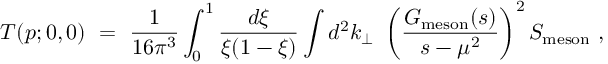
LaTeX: T ( p ; 0 , 0 ) \ = \ \frac 1 { 1 6 \pi ^ { 3 } } \int _ { 0 } ^ { 1 } \frac { d \xi } { \xi ( 1 - \xi ) } \int d ^ { 2 } k _ { \perp } \ \left( \frac { G _ { \mathrm { m e s o n } } ( s ) } { s - \mu ^ { 2 } } \right) ^ { 2 } S _ { \mathrm { m e s o n } } \ ,